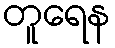
တူရေန